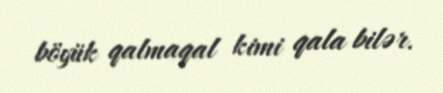
böyük qalmaqal kimi qala bilər.